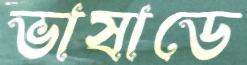
ভাষাডে